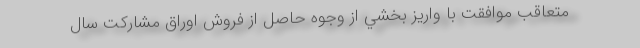
متعاقب موافقت با واريز بخشي از وجوه حاصل از فروش اوراق مشاركت سال